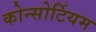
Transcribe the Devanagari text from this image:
कोन्सोर्टियम